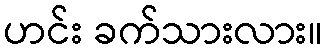
ဟင်း ခက်သားလား။